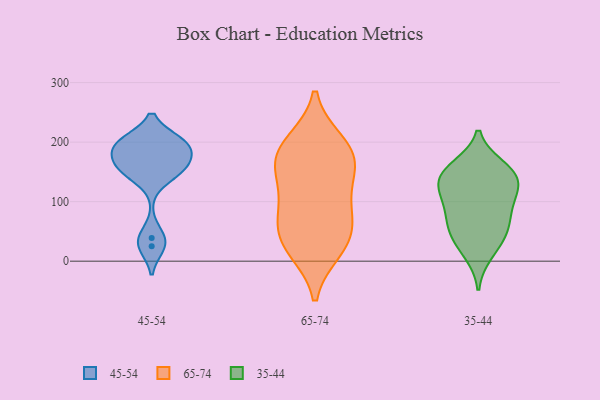
{"axis": {"x": "Temperature (°C)", "y": "Value"}, "legend": ["35-44", "45-54", "65-74"], "data": [{"x": "", "y": 200, "type": "45-54"}, {"x": "", "y": 194, "type": "45-54"}, {"x": "", "y": 158, "type": "45-54"}, {"x": "", "y": 168, "type": "45-54"}, {"x": "", "y": 200, "type": "45-54"}, {"x": "", "y": 25, "type": "45-54"}, {"x": "", "y": 146, "type": "45-54"}, {"x": "", "y": 193, "type": "45-54"}, {"x": "", "y": 39, "type": "45-54"}, {"x": "", "y": 155, "type": "45-54"}, {"x": "", "y": 20, "type": "65-74"}, {"x": "", "y": 90, "type": "65-74"}, {"x": "", "y": 87, "type": "65-74"}, {"x": "", "y": 165, "type": "65-74"}, {"x": "", "y": 172, "type": "65-74"}, {"x": "", "y": 26, "type": "65-74"}, {"x": "", "y": 163, "type": "65-74"}, {"x": "", "y": 194, "type": "65-74"}, {"x": "", "y": 128, "type": "65-74"}, {"x": "", "y": 199, "type": "65-74"}, {"x": "", "y": 39, "type": "65-74"}, {"x": "", "y": 57, "type": "65-74"}, {"x": "", "y": 71, "type": "35-44"}, {"x": "", "y": 152, "type": "35-44"}, {"x": "", "y": 35, "type": "35-44"}, {"x": "", "y": 116, "type": "35-44"}, {"x": "", "y": 158, "type": "35-44"}, {"x": "", "y": 146, "type": "35-44"}, {"x": "", "y": 134, "type": "35-44"}, {"x": "", "y": 94, "type": "35-44"}, {"x": "", "y": 58, "type": "35-44"}, {"x": "", "y": 138, "type": "35-44"}, {"x": "", "y": 13, "type": "35-44"}, {"x": "", "y": 51, "type": "35-44"}, {"x": "", "y": 105, "type": "35-44"}]}